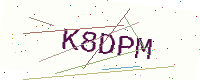
Text: K8DPM